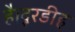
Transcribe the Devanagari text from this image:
है।दूरडीह